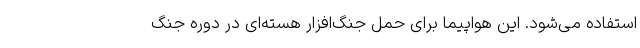
استفاده می‌شود. این هواپیما برای حمل جنگ‌افزار هسته‌ای در دوره جنگ